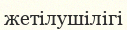
жетілушілігі